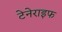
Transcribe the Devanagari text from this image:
टेनेराइफ